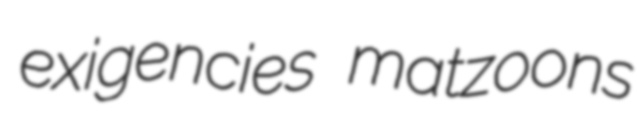
exigencies matzoons